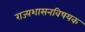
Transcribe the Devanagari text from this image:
राज्यशासनविषयक